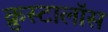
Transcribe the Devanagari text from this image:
क्रुस्टालॉस